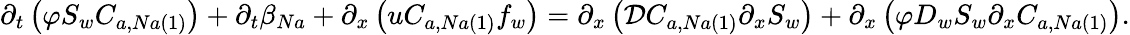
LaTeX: \partial_{t}\left(\varphi S_{w}C_{a,Na\left(1\right)}\right)+\partial_{t}\beta_{Na}+\partial_{x}\left(uC_{a,Na\left(1\right)}f_{w}\right)=\partial_{x}\left(\mathcal{D}C_{a,Na\left(1\right)}\partial_{x}S_{w}\right)+\partial_{x}\left(\varphi D_{w}S_{w}\partial_{x}C_{a,Na\left(1\right)}\right).